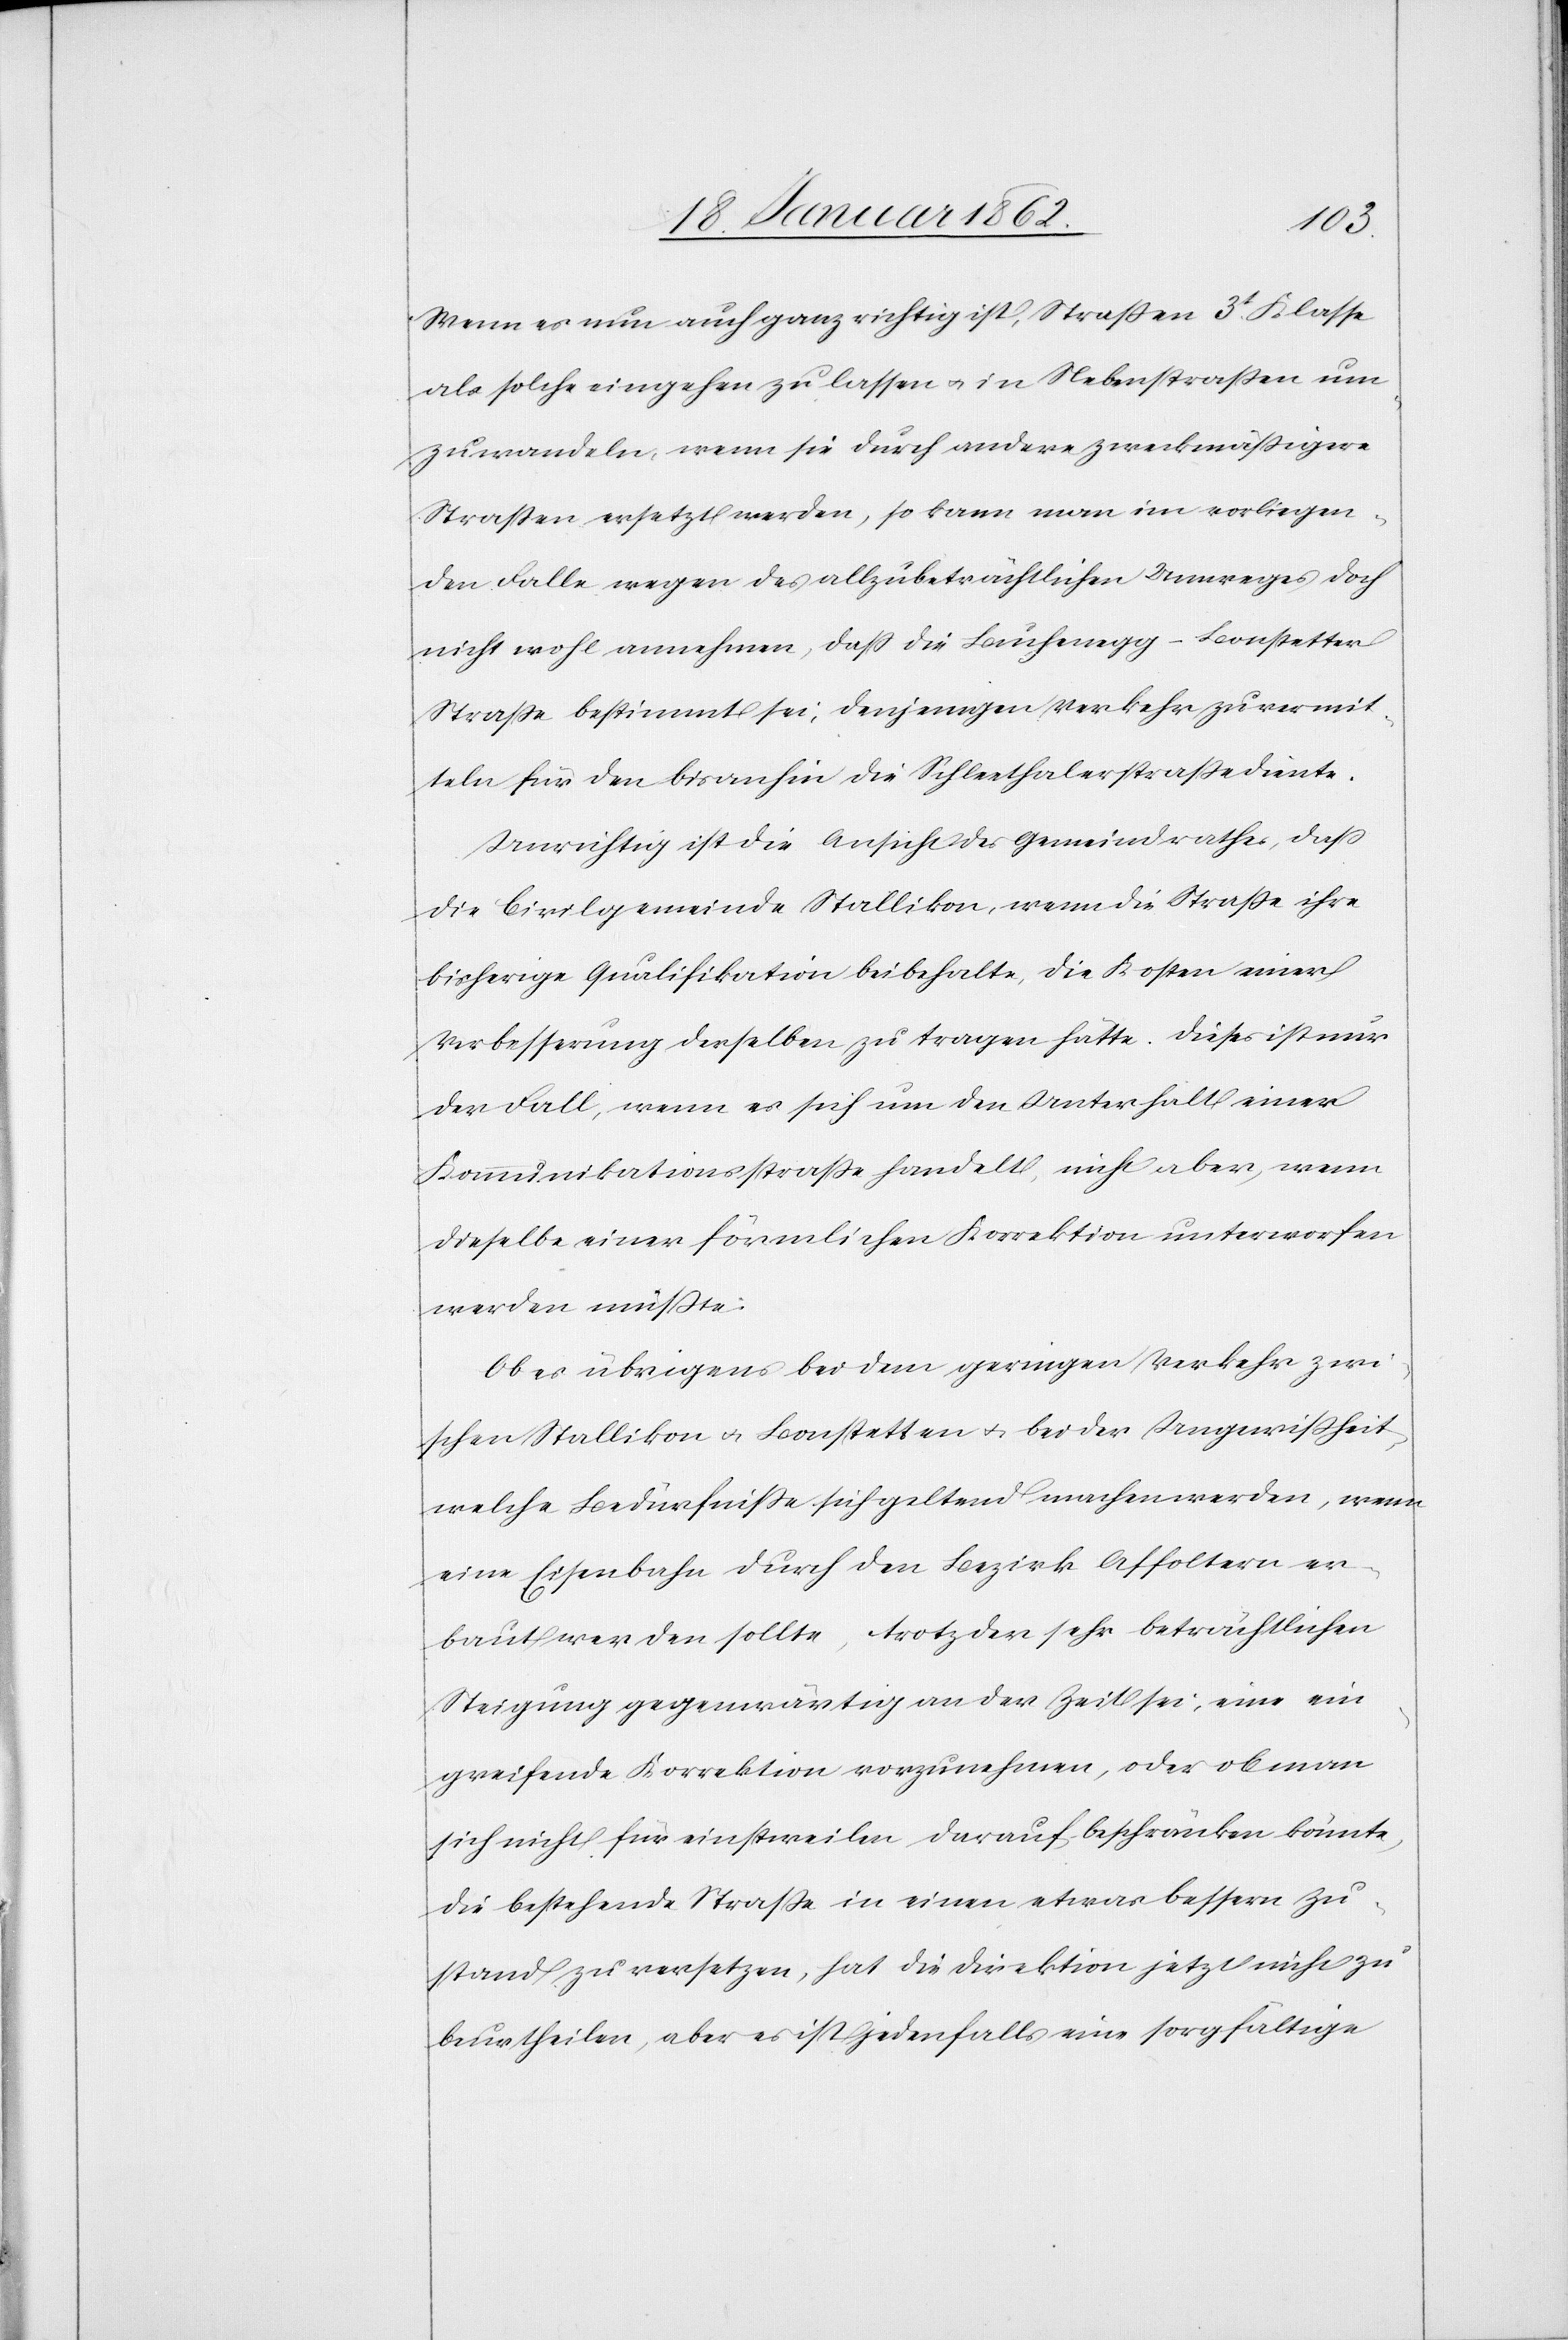
Wenn es nun auch ganz richtig ist, Straßen 3t. Klasse
als solche eingehen zu lassen u. in Nebenstraßen um¬
zuwandeln, wenn sie durch andere zweckmäßigere
Straßen ersetzt werden, so kann man im vorliegen¬
den Falle wegen des allzubeträchtlichen Umweges doch
nicht wohl annehmen, daß die Buchenegg – Bonstetter
Straße bestimmt sei, denjenigen Verkehr zu vermit¬
teln für den bis anhin die Schleethalerstraße diente.
Unrichtig ist die Ansicht des Gemeindrathes, daß
die Civilgemeinde Stallikon, wenn die Straße ihre
bisherige Qualifikation beibehalte, die Kosten einer
Verbesserung derselben zu tragen hätte. Dieses ist nur
der Fall, wenn es sich um den Unterhalt einer
Kommunikationsstraße handelt, nicht aber, wenn
dieselbe einer förmlichen Korrektion unterworfen
werden müßte.
Ob es übrigens bei dem geringen Verkehr zwi¬
schen Stallikon u. Bonstetten u. bei der Ungewißheit,
welche Bedürfniße sich geltend machen werden, wenn
eine Eisenbahn durch den Bezirk Affoltern er¬
baut werden sollte, trotz der sehr beträchtlichen
Steigung gegenwärtig an der Zeit sei, eine ein¬
greifende Korrektion vorzunehmen, oder ob man
sich nicht für einstweilen darauf beschränken könnte,
die bestehende Straße in einen etwas bessern Zu¬
stand zu versetzen, hat die Direktion jetzt nicht zu
beurtheilen, aber es ist jedenfalls eine sorgfältige